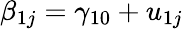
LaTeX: \beta_{1j}=\gamma_{10}+u_{1j}